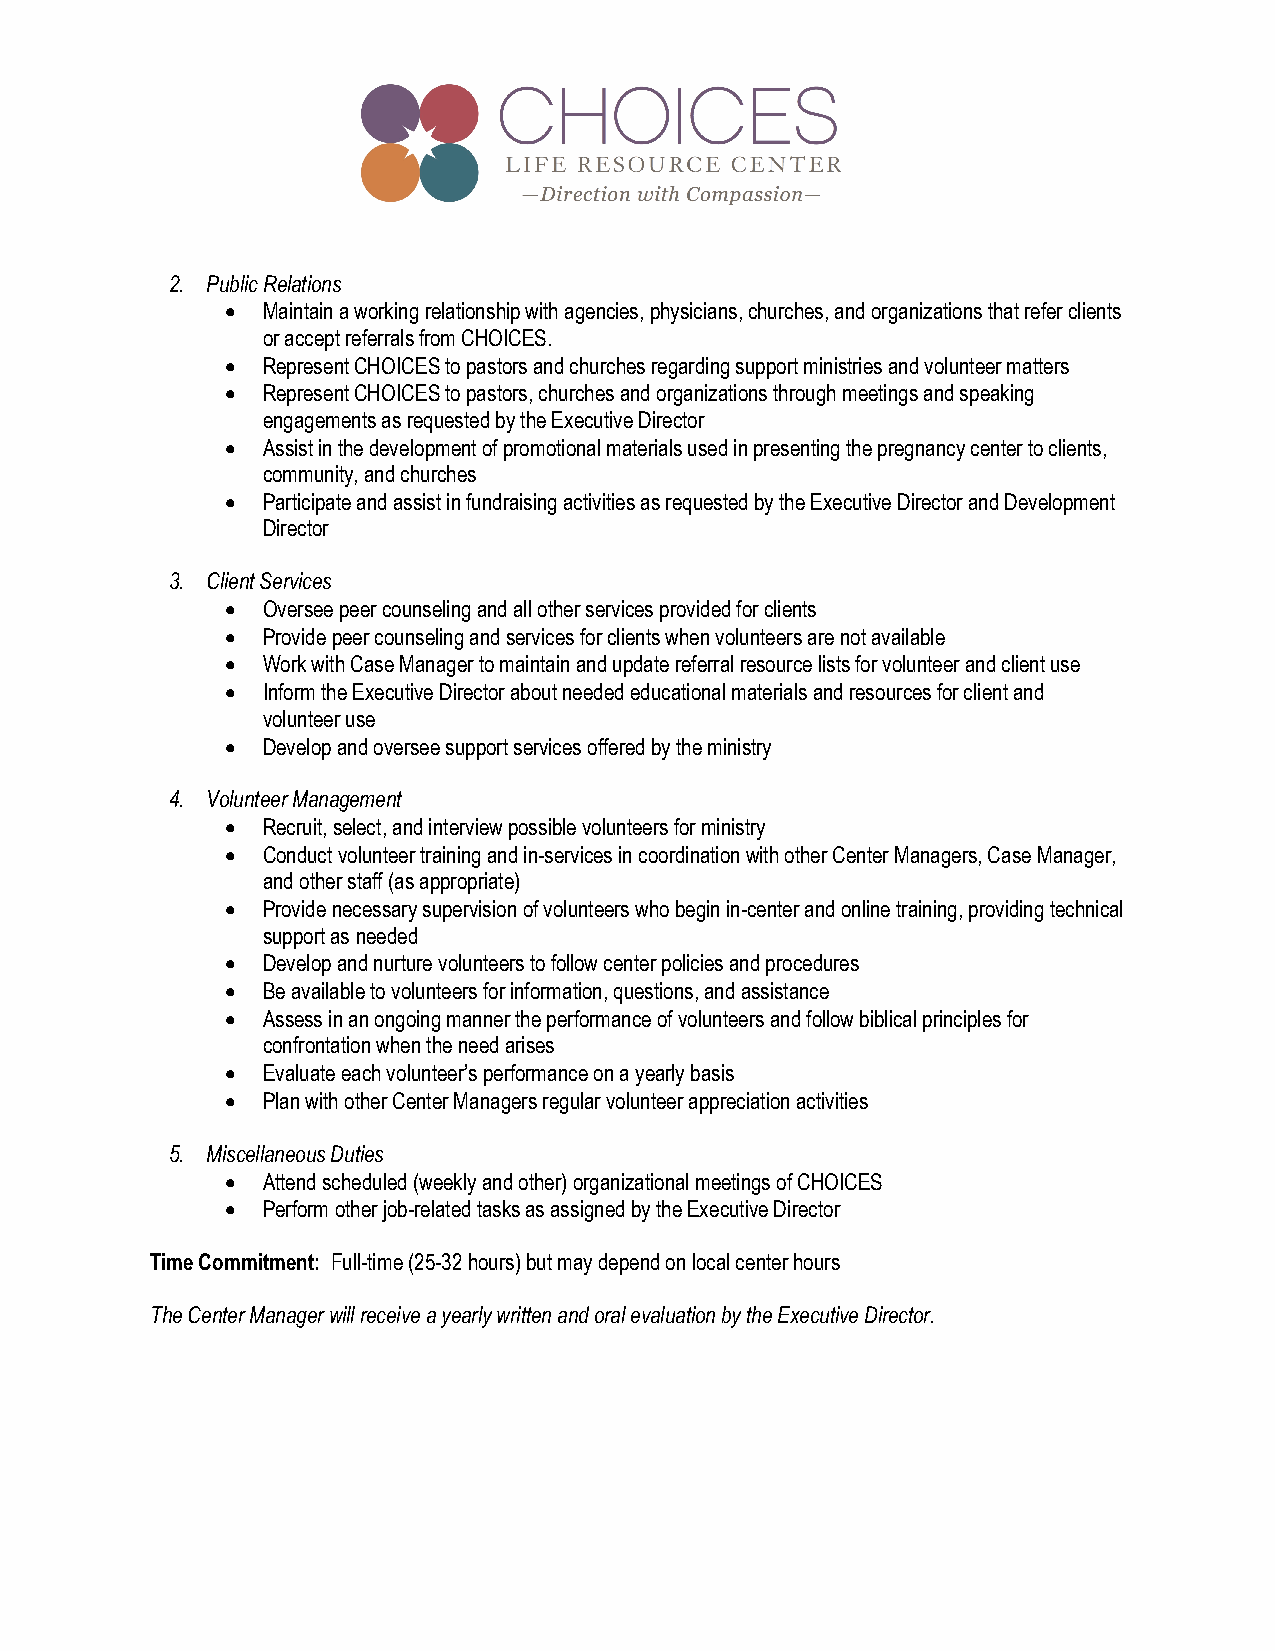
2. Public Relations
  Maintain a working relationship with agencies, physicians, churches, and organizations that refer clients
 or accept referrals from CHOICES.
  Represent CHOICES to pastors and churches regarding support ministries and volunteer matters
  Represent CHOICES to pastors, churches and organizations through meetings and speaking
 engagements as requested by the Executive Director
  Assist in the development of promotional materials used in presenting the pregnancy center to clients,
 community, and churches
  Participate and assist in fundraising activities as requested by the Executive Director and Development
 Director
 3. Client Services
  Oversee peer counseling and all other services provided for clients
  Provide peer counseling and services for clients when volunteers are not available
  Work with Case Manager to maintain and update referral resource lists for volunteer and client use
  Inform the Executive Director about needed educational materials and resources for client and
 volunteer use
  Develop and oversee support services offered by the ministry
 4. Volunteer Management
  Recruit, select, and interview possible volunteers for ministry
  Conduct volunteer training and in-services in coordination with other Center Managers, Case Manager,
 and other staff (as appropriate)
  Provide necessary supervision of volunteers who begin in-center and online training, providing technical
 support as needed
  Develop and nurture volunteers to follow center policies and procedures
  Be available to volunteers for information, questions, and assistance
  Assess in an ongoing manner the performance of volunteers and follow biblical principles for
 confrontation when the need arises
  Evaluate each volunteer’s performance on a yearly basis
  Plan with other Center Managers regular volunteer appreciation activities
 5. Miscellaneous Duties
  Attend scheduled (weekly and other) organizational meetings of CHOICES
  Perform other job-related tasks as assigned by the Executive Director
 Time Commitment: Full-time (25-32 hours) but may depend on local center hours
 The Center Manager will receive a yearly written and oral evaluation by the Executive Director.